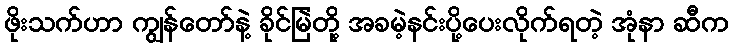
ဖိုးသက်ဟာ ကျွန်တော်နဲ့ ခိုင်မြဲတို့ အခမဲ့နင်းပို့ပေးလိုက်ရတဲ့ အုံနာ ဆီက